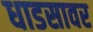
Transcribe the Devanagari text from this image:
धाडसावर